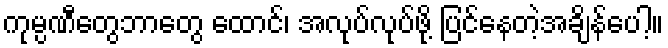
ကုမ္ပဏီတွေဘာတွေ ထောင်၊ အလုပ်လုပ်ဖို့ ပြင်နေတဲ့အချိန်ပေါ့။